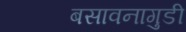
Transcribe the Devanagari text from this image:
बसावनागुडी